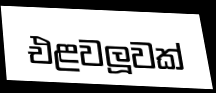
එළවලූවක්